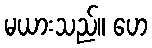
မယားသည်။ ဟေ